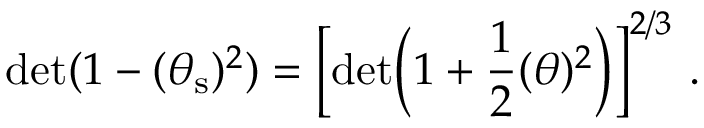
\mathrm { d e t } ( 1 - ( \theta _ { \mathrm { s } } ) ^ { 2 } ) = \Big [ \mathrm { d e t } \Big ( 1 + \frac { 1 } { 2 } ( \theta ) ^ { 2 } \Big ) \Big ] ^ { 2 / 3 } \ .